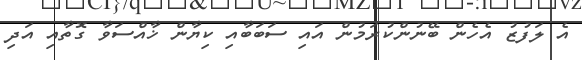
އެ ލަފުޒު އެހެން ބޭނުންކުރަމުން އައި ސަބަބާއި ކިޔާން ޚާއްސަވާ ގޮތާއި އަދި